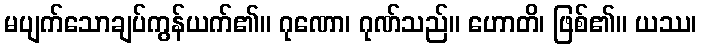
မပျက်သောချပ်ကွန်ယက်၏။ ဂုဏော၊ ဂုဏ်သည်။ ဟောတိ၊ ဖြစ်၏။ ယဿ၊